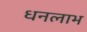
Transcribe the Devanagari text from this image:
धनलाभ